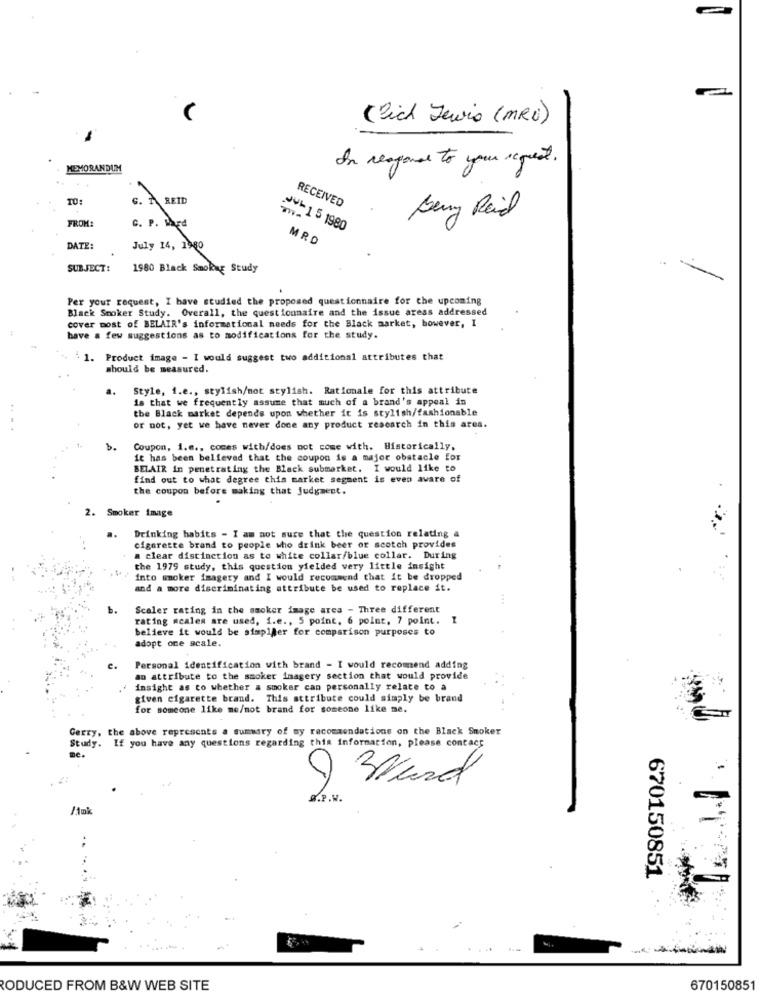
( Pich Jewis (MRC)
In response to your request.
MEMORANDUM
. TREID
RECEIVED
FROM
Beny Raid
C. P. Ward
2-151980
MRD
DATE:
July 14, 1980
SUBJECT:
1980 Black Smokeag Study
Per your request, I have studied the proposed questionnaire for the upcoming
Black Smoker Study. Overall, the questionnaire and the issue areas addressed
cover most of BELAIR's informational needs for the Black market, bowever, I
have a few suggestions as to modifications for the study.
1.
Product image - I would suggest two additional attributes that
should be measured.
a.
Style, i.e ., stylish/mot stylish. Rationale for this attribute
is that we frequently assume that much of a brand's appeal in
..
the Black market depends upon whether it is stylish/fashionable
or not, yet we have never done any product research in this area.
b.
Coupon, 1.e ., comes with/does not come with. Historically,
it has been believed that the coupon is a major obstacle for
BELAIR in penetrating the Black submarket. I would like to
find out to what degree this market segment is even aware of
the coupon before making that judgment.
2. Smoker image
Drinking habits - I am not sure that the question relating a
cigarette brand to people who drink beer or scotch provides
a clear distinction as to white collar/blue collar. During
the 1979 study, this question yielded very little insight
into moker imagery and I would recommend that it be dropped
and a more discriminating attribute be used to replace it.
b.
Scaler rating in the smoker image area - Three different
rating mcales are used, i.e ., 5 point, 6 point, 7 point. I
believe it would be simpler for comparison purposes to
adopt one scale.
c.
Personal identification with brand - I would recommend adding
an attribute to the smoker imagery section that would provide
insight as to whether a smoker can personally relate to a
given cigarette brand. This attribute could simply be brand
for someone like me/not brand for someone like me.
Gerry, the above represents a summary of my recommendations on the Black Smoker
Study. If you have any questions regarding this information, please contact
S.P.V.
Amk
670150851
RODUCED FROM B&W WEB SITE
670150851